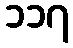
၁၁၇